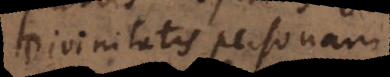
Divinitatis personam